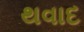
થવાદ